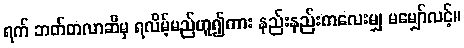
ရက် ဘတ်တလာဆီမှ ရလိမ့်မည်ဟူ၍ကား နည်းနည်းကလေးမျှ မမျှော်လင့်။